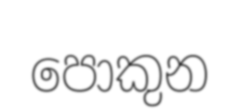
පොකුන